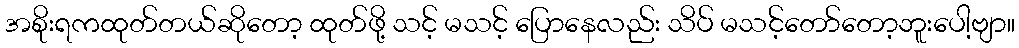
အစိုးရကထုတ်တယ်ဆိုတော့ ထုတ်ဖို့ သင့် မသင့် ပြောနေလည်း သိပ် မသင့်တော်တော့ဘူးပေါ့ဗျာ။